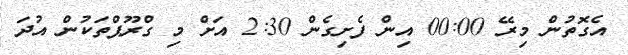
އެގޮތުން މިރޭ 00:00 އިން ފެށިގެން 2:30 އަށް މި ގްރޫޕްތަކުން އުދަ